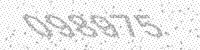
Solution: 098975